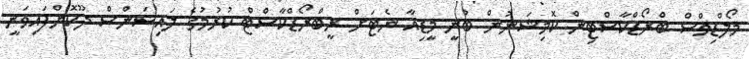
މޯލްޑިވްސް ބްރޯޑްކާސްޓިން ކޮމިޝަނުން ބުނީ މީޑިއާ ނެޓަށް ރީބްރޯޑްކާސްޓް ކުރުމުގެ ލައިސަންސް ދޫކޮށްފައިވަނީ